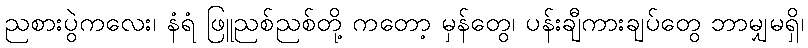
ညစားပွဲကလေး၊ နံရံ ဖြူညစ်ညစ်တို့ ကတော့ မှန်တွေ၊ ပန်းချီကားချပ်တွေ ဘာမျှမရှိ၊